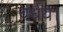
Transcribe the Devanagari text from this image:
वर्धय।